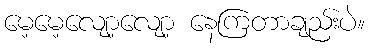
မေ့မေ့လျော့လျော့ နေကြတာချည်းပဲ။